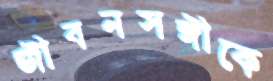
জীবনসঙ্গীকে